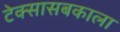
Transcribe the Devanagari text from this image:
टेक्सासबकाला